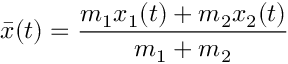
{ \bar { x } } ( t ) = { \frac { m _ { 1 } x _ { 1 } ( t ) + m _ { 2 } x _ { 2 } ( t ) } { m _ { 1 } + m _ { 2 } } }